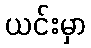
ယင်းမှာ